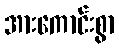
အားကောင်းစွာ